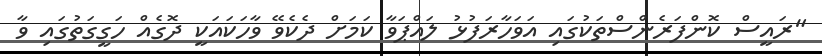
"ރައީސް ކޮންފަރެންސްތަކުގައި އަވަހާރަފުޅު ލައްޕަވާ ކަމަށް ދެކެވޭ ވާހަކައަކީ ދޮގެއް ހަގީގަތުގައި ވާ